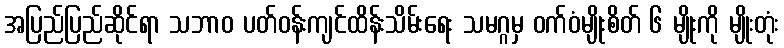
အပြည်ပြည်ဆိုင်ရာ သဘာဝ ပတ်ဝန်းကျင်ထိန်းသိမ်းရေး သမဂ္ဂမှ ဝက်ဝံမျိုးစိတ် ၆ မျိုးကို မျိုးတုံး